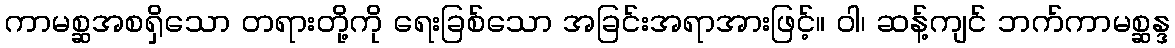
ကာမစ္ဆအစရှိသော တရားတို့ကို ရေးခြစ်သော အခြင်းအရာအားဖြင့်။ ဝါ၊ ဆန့်ကျင် ဘက်ကာမစ္ဆန္ဒ